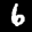
Label: 6